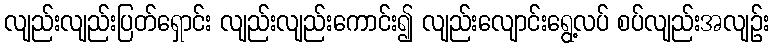
လျည်းလျည်းပြတ်ရှောင်း လျည်းလျည်းကောင်း၍ လျည်းလျောင်းရွေ့လပ် စပ်လျည်းအလျဉ်း